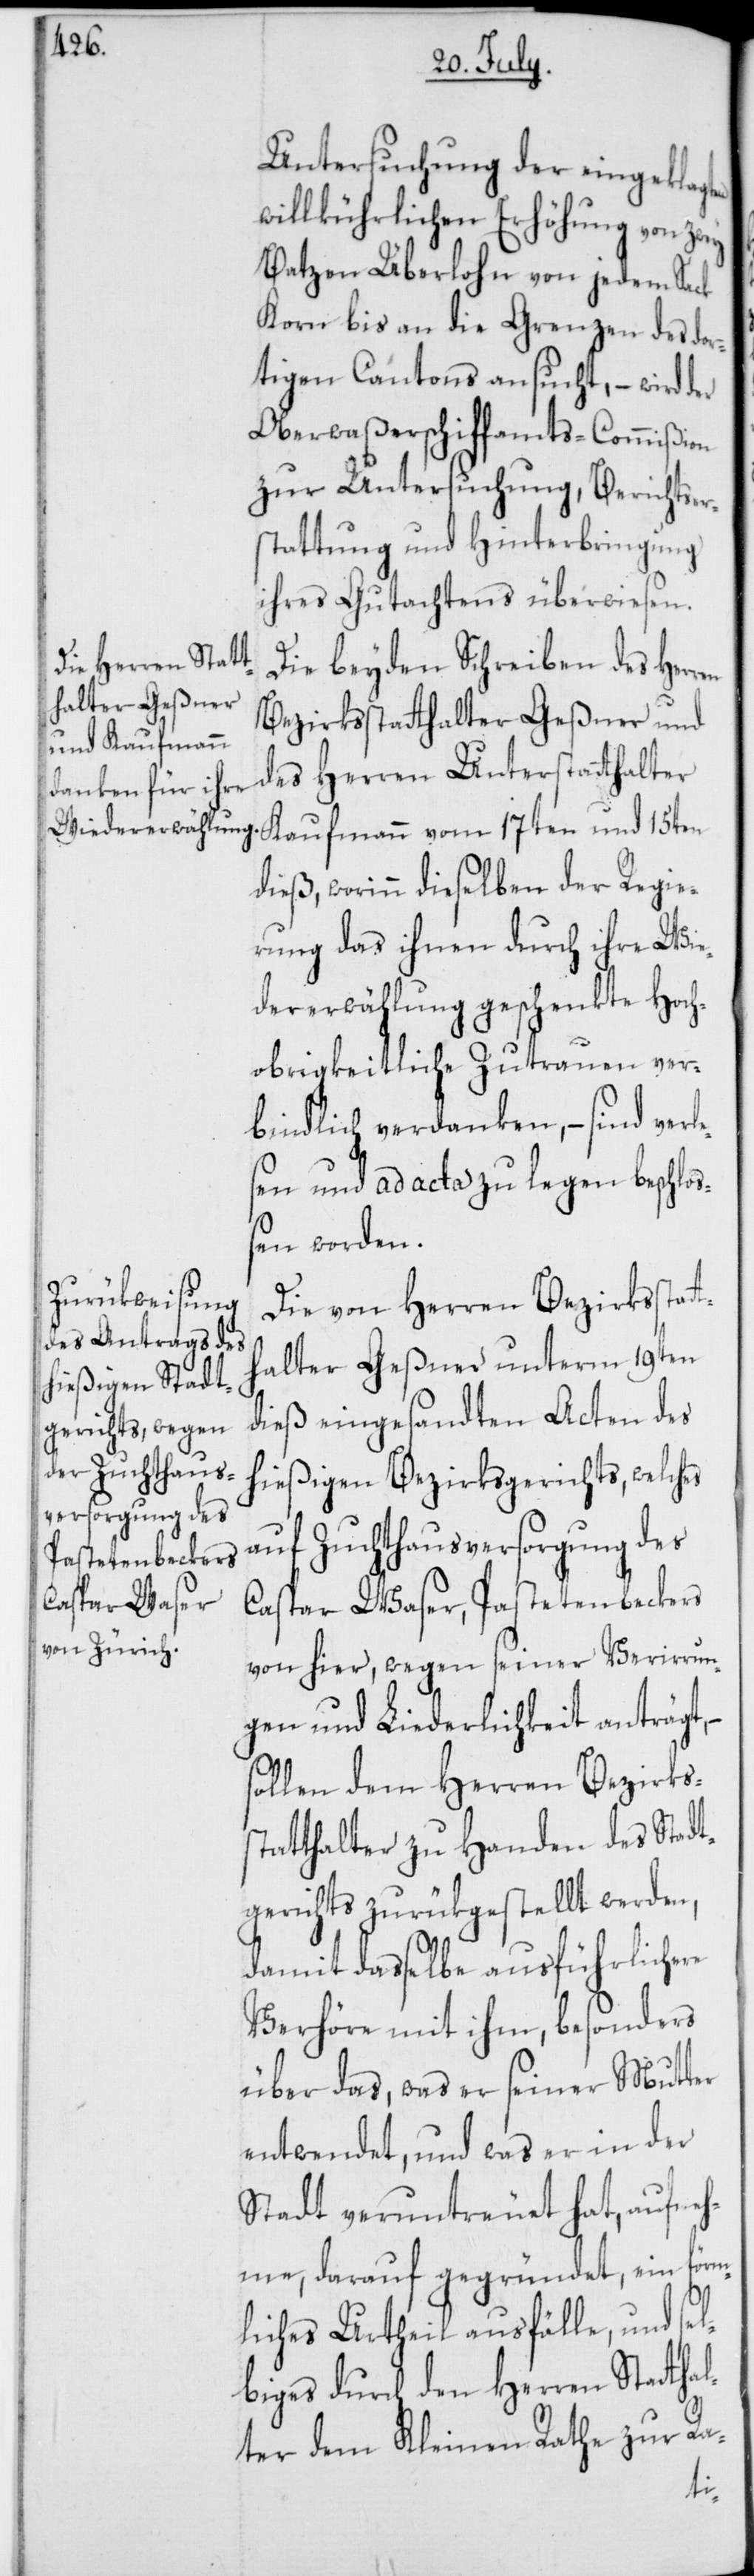
Untersuchung der eingeklagten
willkührlichen Erhöhung von zwey
Batzen Überlohn von jedem Sack
Korn bis an die Grenzen des dor¬
tigen Cantons ansucht, – wird der
Oberwaßerschiffamts-Commißion
zur Untersuchung, Berichtsers¬
tattung und Hinterbringung
ihres Gutachtens überwiesen.
Die beyden Schreiben des Herr¬
Bezirksstatthalter Geßner und
des Herren Unterstatthalter
dieß, worinn dieselben der Regie¬
rung das ihnen durch ihre Wie¬
dererwählung geschenkte Hoch¬
obrigkeitliche Zutrauen ver¬
bindlich verdanken, – sind verle¬
sen und ad acta zu legen beschlo¬
ßen worden.
Die von Herren Bezirksstat¬
thalter Geßner unterm 19ten
dieß eingesandten Acten des
hießigen Bezirksgerichts, welches
auf Zuchthausversorgung des
Caspar Waser, Pastetenbeckers
von hier, wegen seiner Verirrun¬
gen und Liederlichkeit anträgt,
sollen dem Herren Bezirkss¬
tatthalter zu Handen des Stadt¬
gerichts zurükgestellt werden,
damit dasselbe ausführlichere
Verhöre mit ihm, besonders
über das, was er seiner Mutter
entwendet, und was er in der
Stadt veruntreuet hat, aufneh¬
me, darauf gegründet, ein förm¬
liches Urtheil ausfälle, und sel¬
biges durch den Herren Stathal¬
ter dem Kleinen Rathe zur Ra-
en